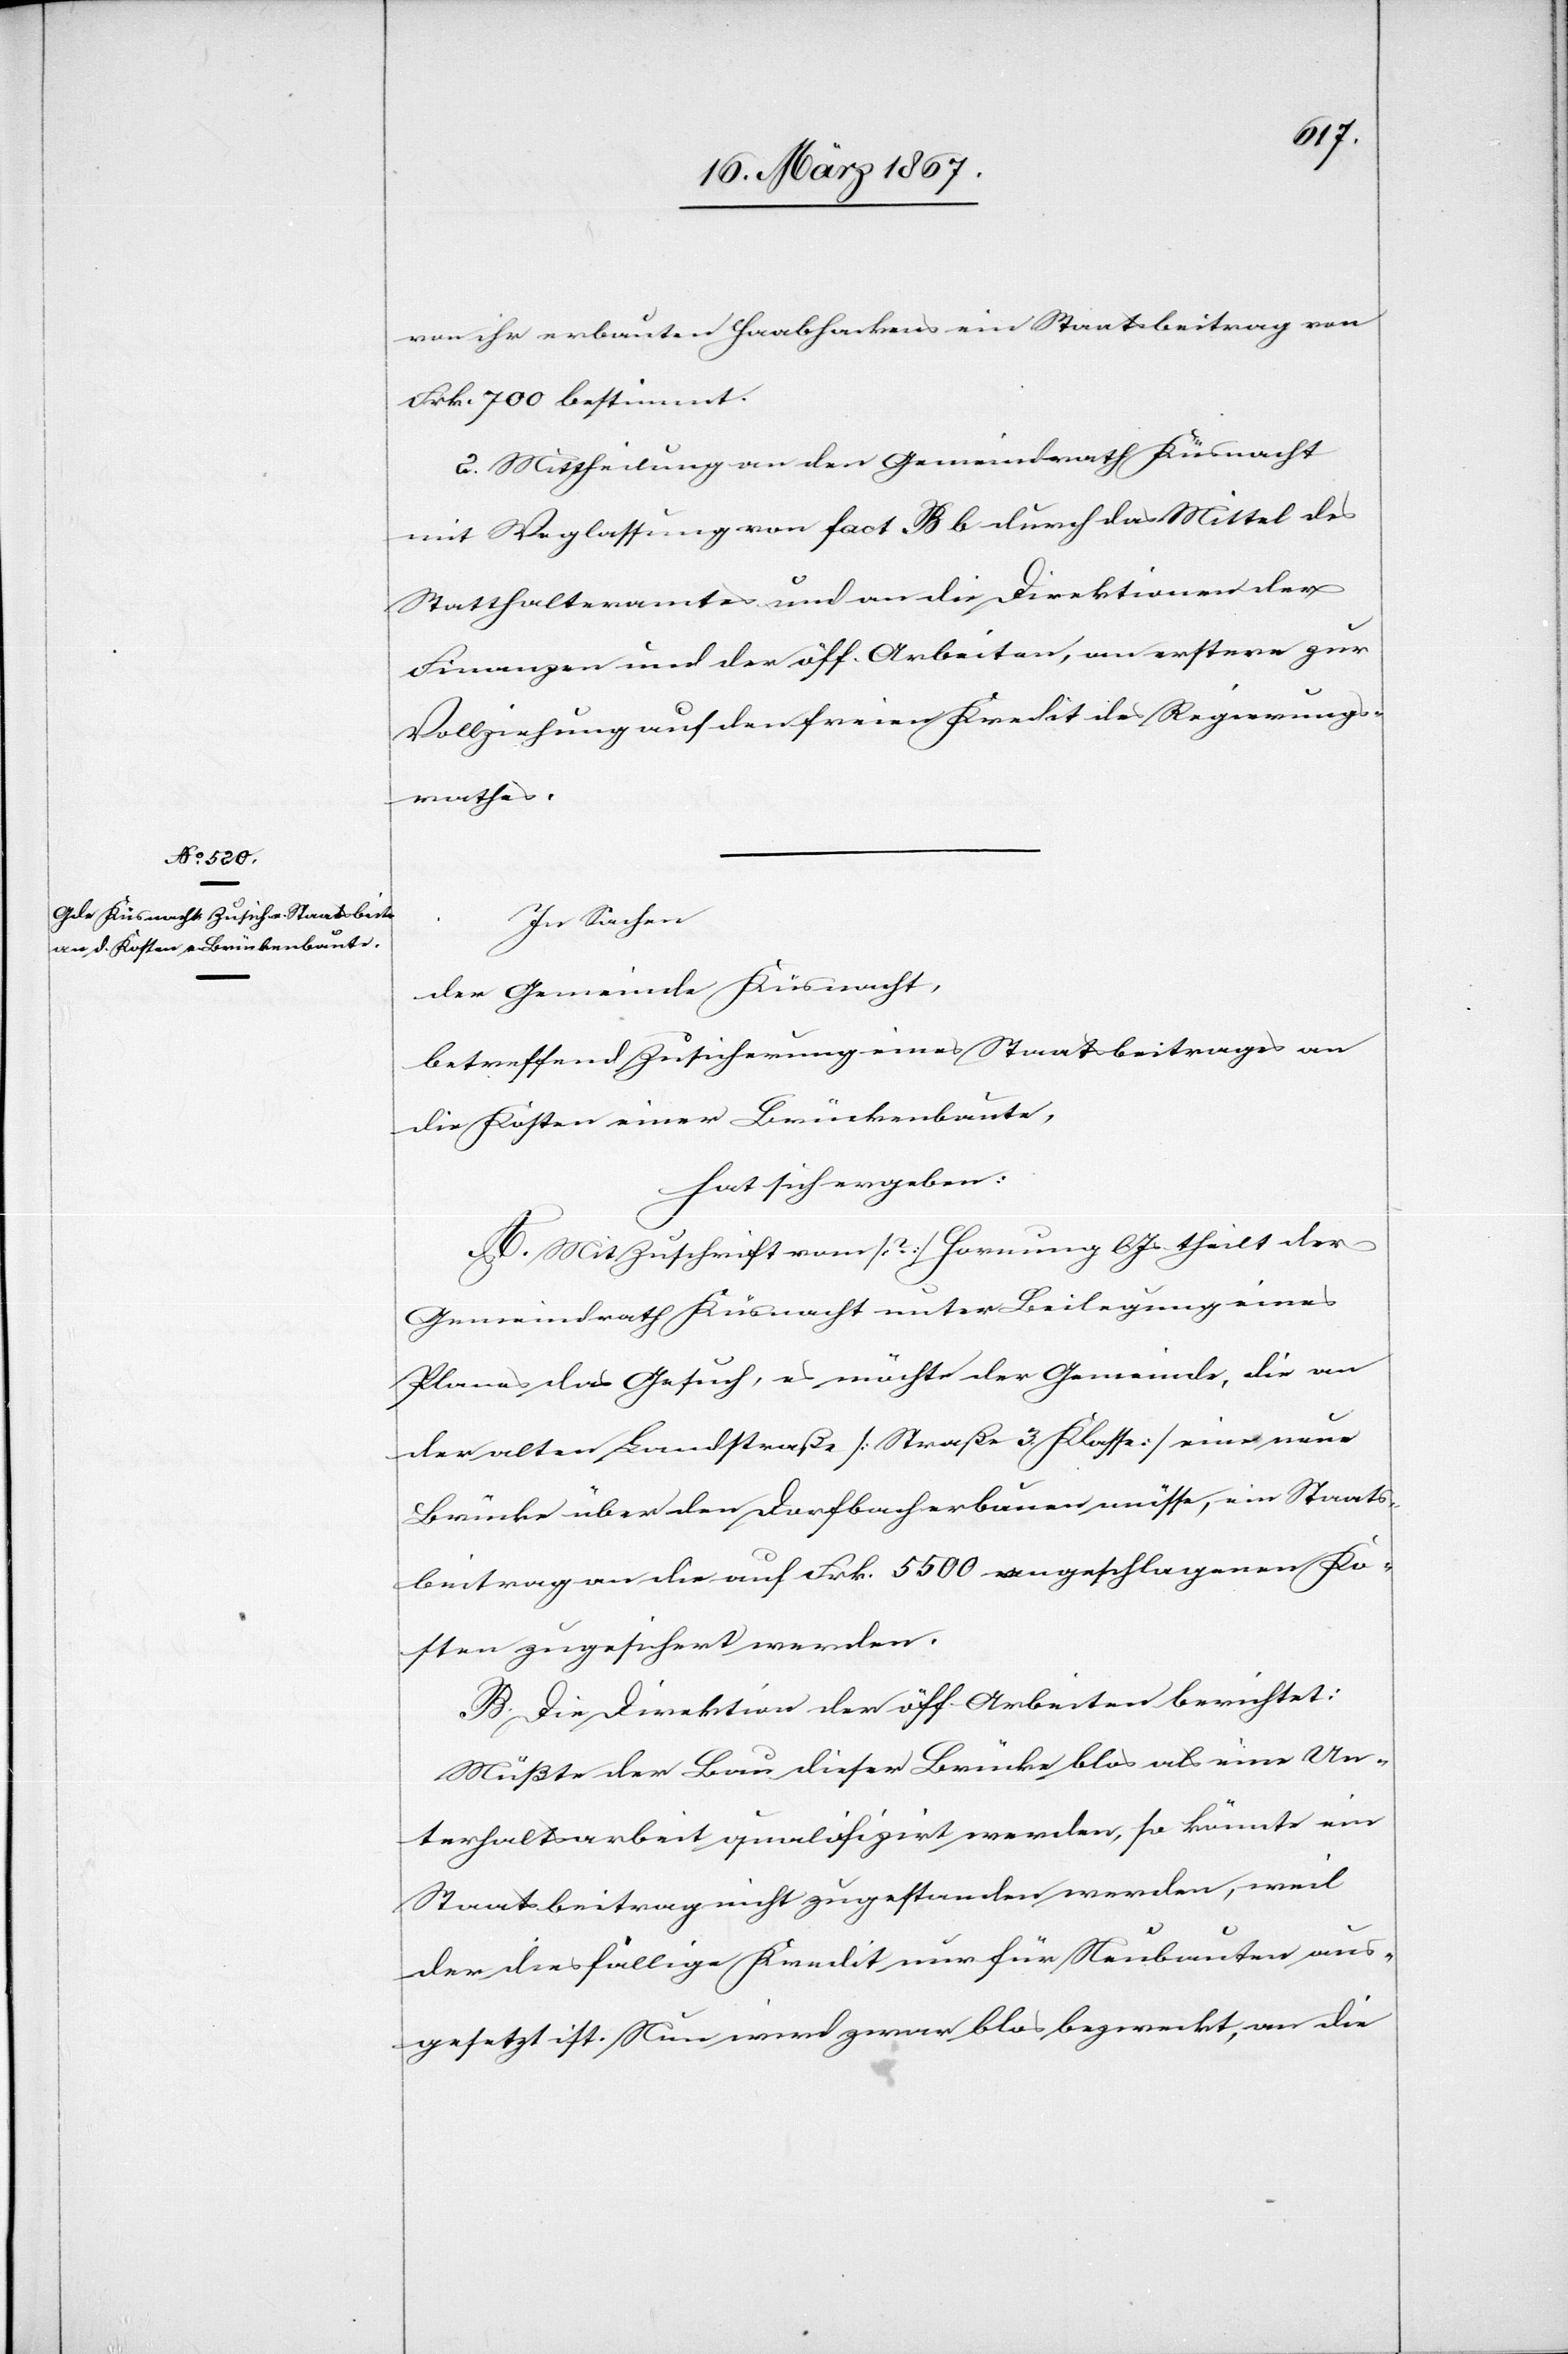
von ihr erbauten Haabhackens ein Staatsbeitrag von
Frk. 700 bestimmt.
2. Mittheilung an den Gemeindrath Küsnacht
mit Weglassung von fact. B b durch das Mittel des
Statthalteramtes und an die Direktionen der
Finanzen und der öff. Arbeiten, an erstere zur
Vollziehung auf den freien Kredit des Regierungs¬
rathes.
In Sachen
der Gemeinde Küsnacht,
betreffend Zusicherung eines Staatsbeitrages an
die Kosten einer Brückenbaute,
hat sich ergeben:
A. Mit Zuschrift vom [?] Hornung l. Js theilt der
Gemeindrath Küsnacht unter Beilegung eines
Planes das Gesuch, es möchte der Gemeinde, die an
der alten Landstraße [Straße 3. Klasse] eine neue
Brücke über den Dorfbach erbauen müsse, ein Staats¬
beitrag an die auf Frk. 5500 angeschlagenen Ko¬
sten zugesichert werden.
B. Die Direktion der öff. Arbeiten berichtet:
Müßte der Bau dieser Brücke blos als eine Un¬
terhaltsarbeit qualifizirt werden, so könnte ein
Staatsbeitrag nicht zugestanden werden, weil
der diesfällige Kredit nur für Neubauten aus¬
gesetzt ist. Nun wird zwar blos bezweckt, an die